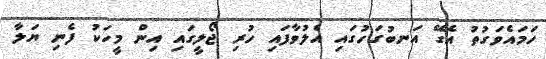
ހަމައެވަގުތު އެގޭ އަނބުގަހުގައި އެލުވާފައި ހުރި ޖޯލީގައި އިން މީހަކު ފެނި ޔަލާ